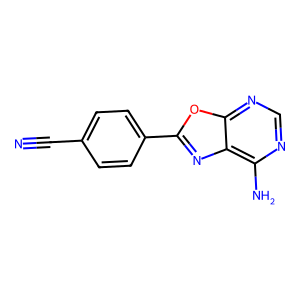
SMILES: N#Cc1ccc(-c2nc3c(N)ncnc3o2)cc1
Inhibits HIV replication: No